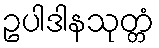
ဥပါဒါနသုတ္တံ